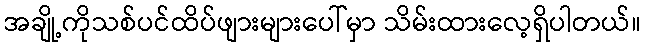
အချို့ကိုသစ်ပင်ထိပ်ဖျားများပေါ်မှာ သိမ်းထားလေ့ရှိပါတယ်။